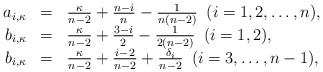
\begin{align*}\begin{array}{rcl}a_{i,\kappa}&=&\frac{\kappa}{n-2}+\frac{n-i}{n}-\frac{1}{n(n-2)}\,\,\, (i=1,2,\dots,n),\\b_{i,\kappa}&=&\frac{\kappa}{n-2}+\frac{3-i}{2}-\frac{1}{2(n-2)}\,\,\, (i=1,2),\\b_{i,\kappa}&=&\frac{\kappa}{n-2}+\frac{i-2}{n-2}+\frac{\delta_{i}}{n-2}\,\,\, (i=3,\dots,n-1),\end{array}\end{align*}